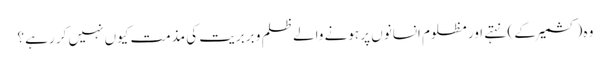
وہ (کشمیر کے ) نہتے اور مظلوم انسانوں پر ہونے والے ظلم و بربریت کی مذمت کیوں نہیں کر رہے ؟